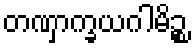
တဏှာက္ခယဂါမိဉ္စ